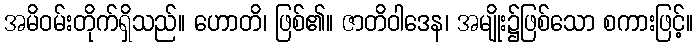
အမိဝမ်းတိုက်ရှိသည်။ ဟောတိ၊ ဖြစ်၏။ ဇာတိဝါဒေန၊ အမျိုး၌ဖြစ်သော စကားဖြင့်။